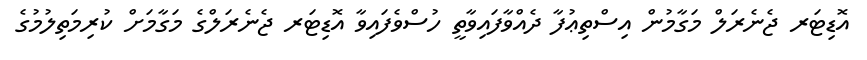
އޮޑިޓަރ ޖެނެރަލް މަގާމުން އިސްތިޢުފާ ދެއްވާފައިވާތީ ހުސްވެފައިވާ އޮޑިޓަރ ޖެނެރަލްގެ މަގާމަށް ކުރިމަތިލުމުގެ